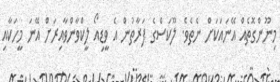
މިނޫންގޮތެއް އޭނައަކަށް ނެތެވެ. ލޫކަސްގެ ފަރާތުން އެ ވީޑިއޯ ލީކްވާންވާއިރަށް އޭނަ މީހަކާއި